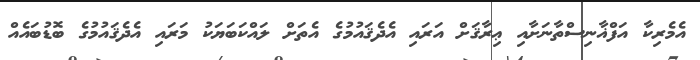
އެމެރިކާ އަފްޣާނިސްތާނަށާއި ޢިރާޤަށް އަރައި އެދެޤައުމުގެ އެތަށް ލައްކަބަޔަކު މަރައި އެދެޤައުމުގެ ބޮޑުބައެއް